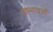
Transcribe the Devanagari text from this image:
जम्भाइयाँ